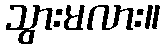
သွားမလား။